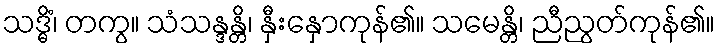
သဒ္ဓိံ၊ တကွ။ သံသန္ဒန္တိ၊ နှီးနှောကုန်၏။ သမေန္တိ၊ ညီညွတ်ကုန်၏။